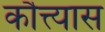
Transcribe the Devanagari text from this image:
कौत्त्यास